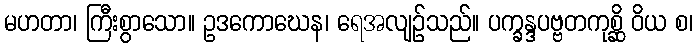
မဟတာ၊ ကြီးစွာသော။ ဥဒကောဃေန၊ ရေအလျဉ်သည်။ ပက္ခန္ဒပဗ္ဗတကုစ္ဆိ ဝိယ စ၊